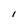
Character: I